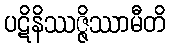
ပဋိနိဿဇ္ဇိဿာမီတိ